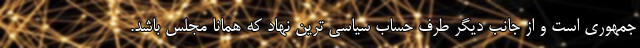
جمهوری است و از جانب دیگر طرف حساب سیاسی ترین نهاد که همانا مجلس باشد.